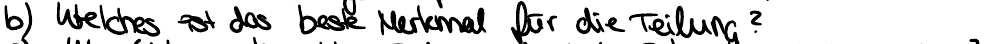
b) Welches ist das beste Merkmal für die Teilung?